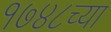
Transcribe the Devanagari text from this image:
१७४८च्या